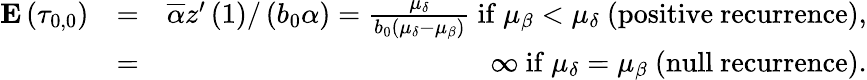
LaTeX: \begin{array}{rlr}{{\mathbf E}\left(\tau_{0,0}\right)}&{=}&{\overline{{\alpha}}z^{\prime}\left(1\right)/\left(b_{0}\alpha\right)=\frac{\mu_{\delta}}{b_{0}\left(\mu_{\delta}-\mu_{\beta}\right)}\mathrm{~if~}\mu_{\beta}<\mu_{\delta}\mathrm{~(positive~recurrence),}}\\ &{=}&{\infty\mathrm{~if~}\mu_{\delta}=\mu_{\beta}\mathrm{~(null~recurrence).}}\end{array}